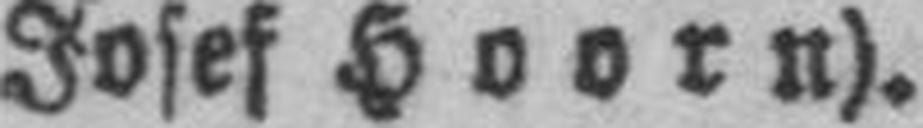
Josef Hoorn).